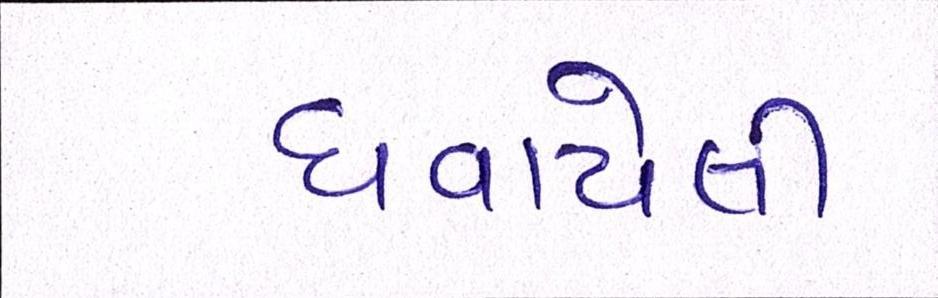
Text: ઘવાયેલી